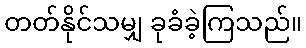
တတ်နိုင်သမျှ ခုခံခဲ့ကြသည်။